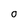
Character: 0